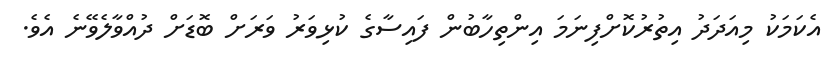
އެކަމަކު މިއަދަދު އިތުރުކޮށްފިނަމަ އިންތިހާބުން ފައިސާގެ ކުޅިވަރު ވަރަށް ބޮޑަށް ދުއްވާލެވޭނެ އެވެ.